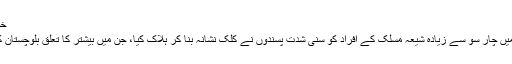
خواتین اور اقلیتوں پر حملے
سنہ 2012 میں پاکستان میں چار سو سے زیادہ شیعہ مسلک کے افراد کو سنی شدت پسندوں نے کلِک نشانہ بنا کر ہلاک کیا، جن میں بیشتر کا تعلق بلوچستان کی ہزارہ برادری سے تھا۔